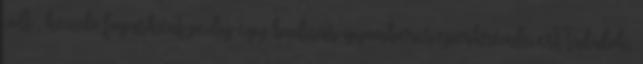
volt , kezdő fogásként pedig egy bodzás-gyömbéres eperkrémlevest tálalok,